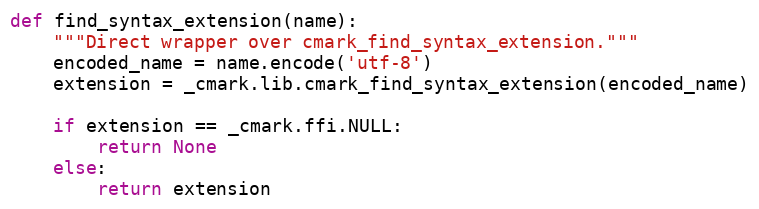
Language: Python
def find_syntax_extension(name):
    """Direct wrapper over cmark_find_syntax_extension."""
    encoded_name = name.encode('utf-8')
    extension = _cmark.lib.cmark_find_syntax_extension(encoded_name)

    if extension == _cmark.ffi.NULL:
        return None
    else:
        return extension